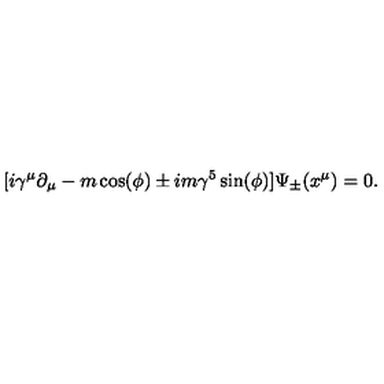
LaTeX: [ i \gamma ^ { \mu } \partial _ { \mu } - m \cos ( \phi ) \pm i m \gamma ^ { 5 } \sin ( \phi ) ] \Psi _ { \pm } ( x ^ { \mu } ) = 0 .